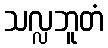
သလ္လဘူတံ